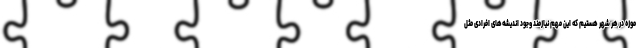
موزه در هر شهر هستیم که این مهم نیازمند وجود اندیشه‌های افرادی مثل